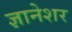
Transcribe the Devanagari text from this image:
ज्ञानेशर